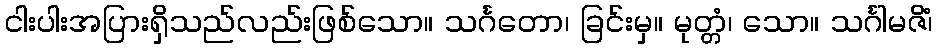
ငါးပါးအပြားရှိသည်လည်းဖြစ်သော။ သင်္ဂတော၊ ခြင်းမှ။ မုတ္တံ၊ သော။ သင်္ဂါမဇိံ၊